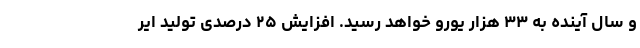
و سال آینده به ۳۳ هزار یورو خواهد رسید. افزایش ۲۵ درصدی تولید ایر